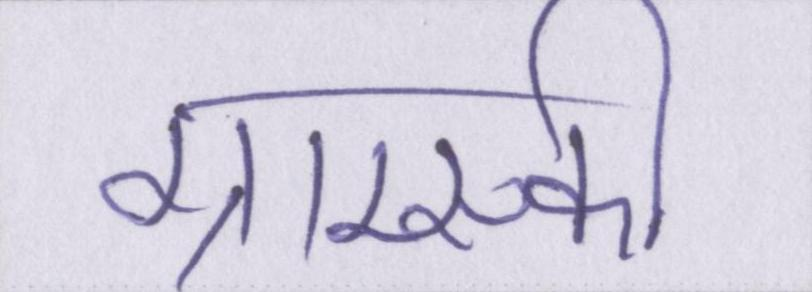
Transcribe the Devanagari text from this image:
ग्राम्स्की